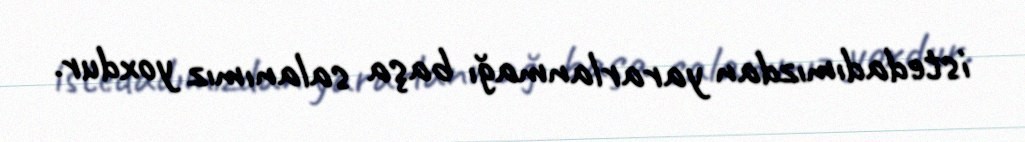
istedadımızdan yararlanmağı başa salanımız yoxdur.